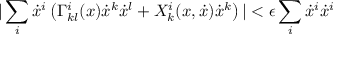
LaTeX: | \sum _ { i } \dot { x } ^ { i } \left( \Gamma _ { k l } ^ { i } ( x ) \dot { x } ^ { k } \dot { x } ^ { l } + X _ { k } ^ { i } ( x , \dot { x } ) \dot { x } ^ { k } \right) | < \epsilon \sum _ { i } \dot { x } ^ { i } \dot { x } ^ { i }